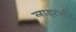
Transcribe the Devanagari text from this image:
लाइटर्स